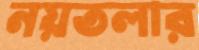
নয়তলার